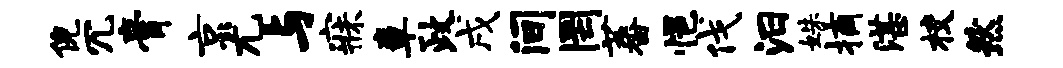
倪冗膏京尤与寐章政戌间罔蕃悒伐汨姝摘湛校然